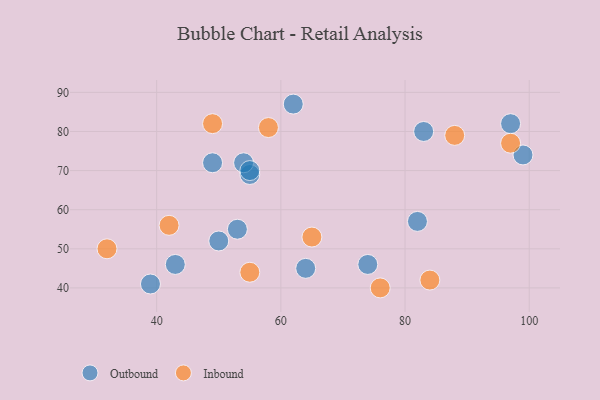
{"axis": {"x": "GDP", "y": "Life Expectancy"}, "legend": ["Inbound", "Outbound"], "data": [{"x": "50", "y": 52, "type": "Outbound"}, {"x": "55", "y": 69, "type": "Outbound"}, {"x": "64", "y": 45, "type": "Outbound"}, {"x": "99", "y": 74, "type": "Outbound"}, {"x": "49", "y": 72, "type": "Outbound"}, {"x": "97", "y": 82, "type": "Outbound"}, {"x": "82", "y": 57, "type": "Outbound"}, {"x": "54", "y": 72, "type": "Outbound"}, {"x": "53", "y": 55, "type": "Outbound"}, {"x": "55", "y": 70, "type": "Outbound"}, {"x": "62", "y": 87, "type": "Outbound"}, {"x": "83", "y": 80, "type": "Outbound"}, {"x": "39", "y": 41, "type": "Outbound"}, {"x": "43", "y": 46, "type": "Outbound"}, {"x": "74", "y": 46, "type": "Outbound"}, {"x": "42", "y": 56, "type": "Inbound"}, {"x": "88", "y": 79, "type": "Inbound"}, {"x": "97", "y": 77, "type": "Inbound"}, {"x": "32", "y": 50, "type": "Inbound"}, {"x": "84", "y": 42, "type": "Inbound"}, {"x": "58", "y": 81, "type": "Inbound"}, {"x": "65", "y": 53, "type": "Inbound"}, {"x": "49", "y": 82, "type": "Inbound"}, {"x": "76", "y": 40, "type": "Inbound"}, {"x": "55", "y": 44, "type": "Inbound"}]}